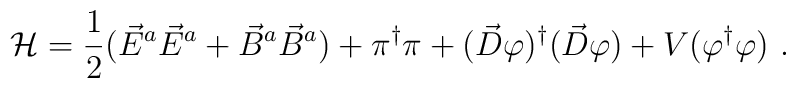
{\cal H}  =  \frac{1}{2} ( \vec{E}^a \vec{E}^a + \vec{B}^a \vec{B}^a)+ \pi^{\dagger} \pi + ( \vec{D} \varphi )^{\dagger}( \vec{D} \varphi ) + V ( \varphi^{\dagger} \varphi )  \ .